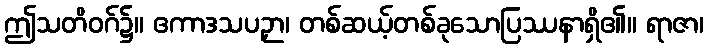
ဤသတိဝဂ်၌။ ဧကာဒသပဉှာ၊ တစ်ဆယ့်တစ်ခုသောပြဿနာရှိ၏။ ရာဇာ၊